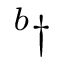
^ { b } \dag